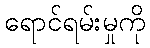
ရောင်ရမ်းမှုကို